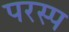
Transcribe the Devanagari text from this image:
परस्प